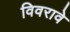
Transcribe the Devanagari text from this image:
विवरावे